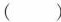
( )